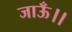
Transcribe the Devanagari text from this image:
जाऊँ।।